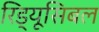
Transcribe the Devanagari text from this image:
रिड्यूसिबल